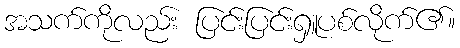
အသက်ကိုလည်း ပြင်းပြင်းရှူပစ်လိုက်၏။